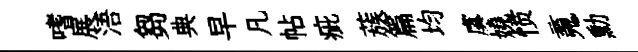
嗜展浯芻典早凡帖疵蔟篇均虞嬈愤䰟勳